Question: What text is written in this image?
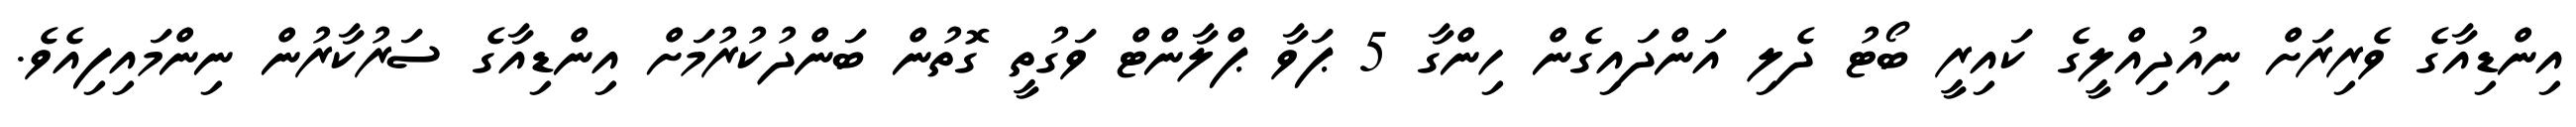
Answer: އިންޑިއާގެ ވެރިރަށް ނިއުދިއްލީގެ ކައިރީ ބޯޓު ދެލި އަންދައިގެން ހިންގާ 5 ޕަވާ ޕްލާންޓް ވަގުތީ ގޮތުން ބަންދުކުރުމަށް އިންޑިއާގެ ސަރުކާރުން ނިންމައިފިއެވެ.